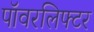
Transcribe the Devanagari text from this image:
पॉवरलिफ्टर